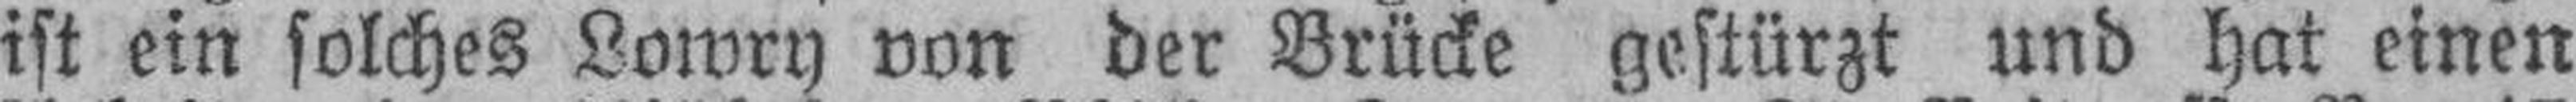
ist ein solches Lowry von der Brücke gestürzt und hat einen